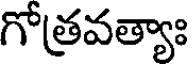
గోత్రవత్యాః